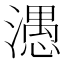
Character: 𰝖